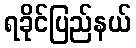
ရခိုင်ပြည်နယ်